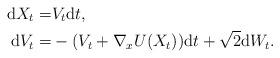
LaTeX: \begin{align*} \mathrm{d}X_t =& V_t \mathrm{d}t, \\ \mathrm{d}V_t =& -(V_t+ \nabla_xU(X_t)) \mathrm{d}t + \sqrt{2} \mathrm{d}W_t.\end{align*}